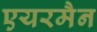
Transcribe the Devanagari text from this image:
एयरमैन